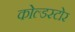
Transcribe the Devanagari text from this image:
कोल्डस्टोर